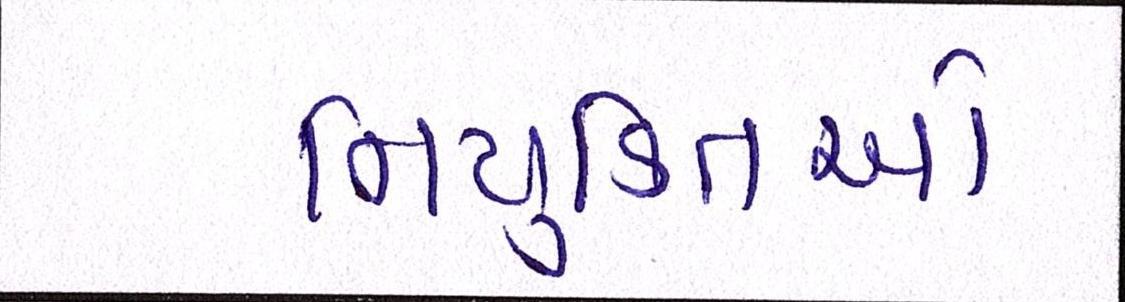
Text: નિયુક્તિઓ